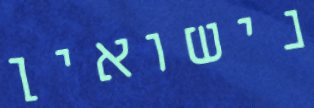
נישואין